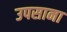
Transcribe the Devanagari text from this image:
उपसाना